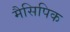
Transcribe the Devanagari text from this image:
मैसिपिक